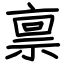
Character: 禀